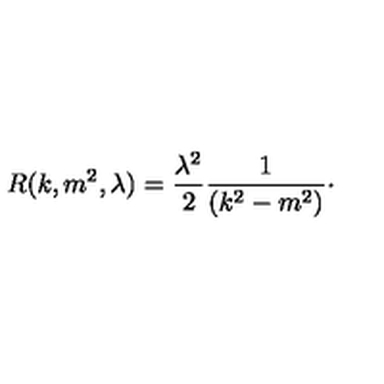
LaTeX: R ( k , m ^ { 2 } , \lambda ) = \frac { \lambda ^ { 2 } } { 2 } \frac { 1 } { ( k ^ { 2 } - m ^ { 2 } ) } \cdot